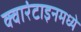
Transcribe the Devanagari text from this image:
क्वारंटाइनमध्ये